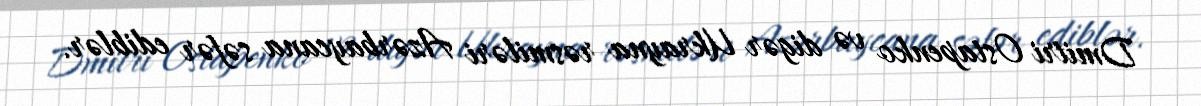
Dmitri Ostapenko və digər Ukrayna rəsmiləri Azərbaycana səfər ediblər.